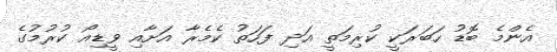
އެންމެ ބޮޑު ހަބަރަކީ ކުރިމަތީ އަދި ފަހަތު ކެމެރާ އަށާއި ވީޑިއޯ ކުރުމުގެ